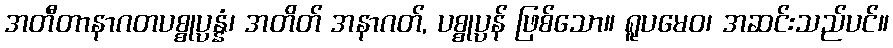
အတီတာနာဂတပစ္စုပ္ပန္နံ၊ အတိတ် အနာဂတ်, ပစ္စုပ္ပန် ဖြစ်သော။ ရူပမေဝ၊ အဆင်းသည်ပင်။